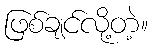
ဖြစ်ချင်လို့တဲ့။